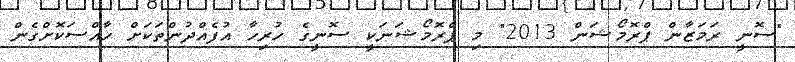
"ސޮނީ ރަމަޒާން ޕްރޮމޯޝަން 2013" މި ޕްރޮމޯޝަނަކީ ސޮނީގެ ހުރިހާ އުފެއްދުންތަކަށް ހާއްސަކޮށްގެން